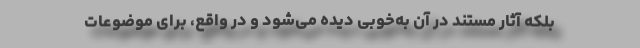
بلکه آثار مستند در آن به‌خوبی دیده می‌شود و در واقع، برای موضوعات